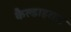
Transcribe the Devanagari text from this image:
कैल्डाइरास